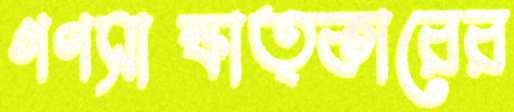
গণসাক্ষাত্কারের